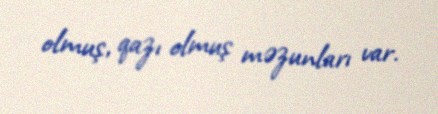
olmuş, qazı olmuş məzunları var.